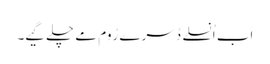
اَب اُنسلے دُسرے رُوم مے چلے گیے۔